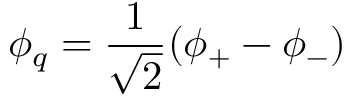
\phi _ { q } = \frac { 1 } { \sqrt { 2 } } ( \phi _ { + } - \phi _ { - } )